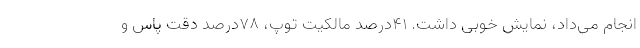
انجام می‌داد، نمایش خوبی داشت. ۴۱درصد مالکیت توپ، ۷۸درصد دقت پاس و